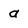
Character: a